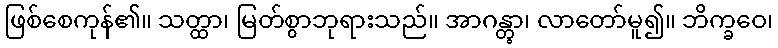
ဖြစ်စေကုန်၏။ သတ္ထာ၊ မြတ်စွာဘုရားသည်။ အာဂန္တွာ၊ လာတော်မူ၍။ ဘိက္ခဝေ၊